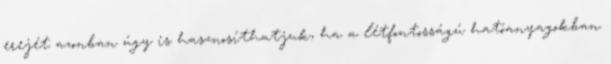
erejét azonban úgy is hasznosíthatjuk, ha a létfontosságú hatóanyagokban